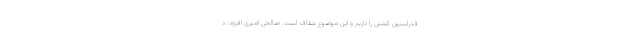
فدراسیون کشتی را داریم و این موضوع شفاف است. صالحی امیری افزود: د